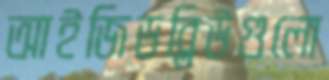
আইজিডব্লিউগুলো